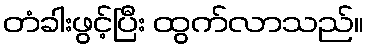
တံခါးဖွင့်ပြီး ထွက်လာသည်။